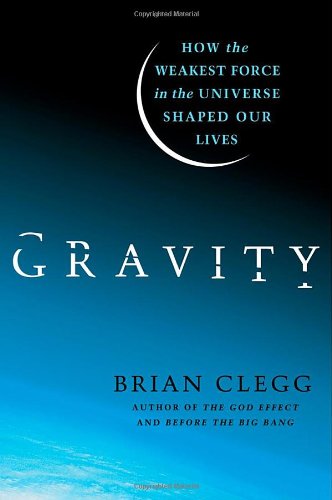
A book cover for Gravity: How the Weakest Force in the Universe Shaped Our Lives; Brian Clegg; Science & Math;